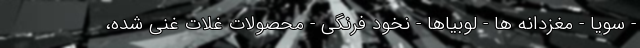
- سویا - مغزدانه ها - لوبیاها - نخود فرنگی - محصولات غلات غنی شده،